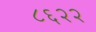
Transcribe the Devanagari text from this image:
८६२२